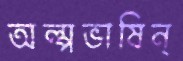
অল্পভাষিন্